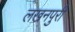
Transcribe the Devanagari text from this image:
लखनपुरी